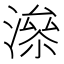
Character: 𰝂